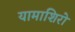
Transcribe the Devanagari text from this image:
यामाशिरो